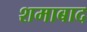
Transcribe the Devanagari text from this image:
शमाबाद